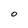
Character: O